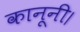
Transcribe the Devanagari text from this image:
कानूनी।